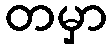
တမှာ